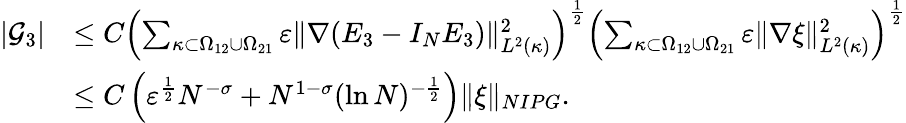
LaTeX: \begin{array}{rl}{|\mathcal{G}_{3}|}&{\le C\left(\sum_{\kappa\subset\Omega_{12}\cup\Omega_{21}}\varepsilon\Vert\nabla(E_{3}-I_{N}E_{3})\Vert_{L^{2}(\kappa)}^{2}\right)^{\frac{1}{2}}\left(\sum_{\kappa\subset\Omega_{12}\cup\Omega_{21}}\varepsilon\Vert\nabla\xi\Vert_{L^{2}(\kappa)}^{2}\right)^{\frac{1}{2}}}\\ &{\le C\left(\varepsilon^{\frac{1}{2}}N^{-\sigma}+N^{1-\sigma}(\ln N)^{-\frac{1}{2}}\right)\Vert\xi\Vert_{NIPG}.}\end{array}